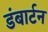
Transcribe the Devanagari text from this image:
डंबार्टन